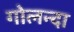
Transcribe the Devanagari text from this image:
गोलन्दा